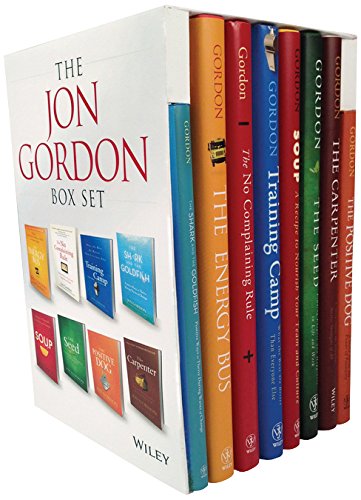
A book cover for Jon Gordon Box Set; Jon Gordon; Business & Money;